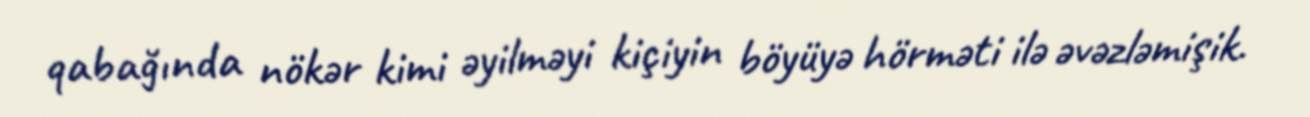
qabağında nökər kimi əyilməyi kiçiyin böyüyə hörməti ilə əvəzləmişik.